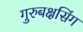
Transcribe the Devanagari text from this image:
गुरुबक्षसिंग